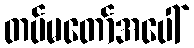
တပ်မတော်အပေါ်